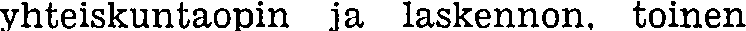
yhteiskuntaopin ja laskennon, toinen